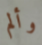
وألم